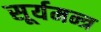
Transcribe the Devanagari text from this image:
सूर्यमन्त्र